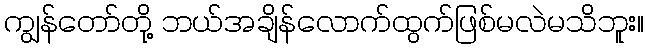
ကျွန်တော်တို့ ဘယ်အချိန်လောက်ထွက်ဖြစ်မလဲမသိဘူး။